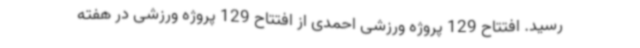
رسید. افتتاح 129 پروژه ورزشی احمدی از افتتاح 129 پروژه ورزشی در هفته